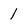
Character: 1